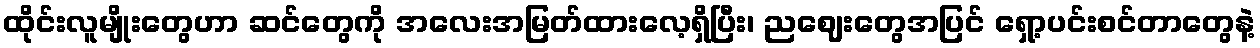
ထိုင်းလူမျိုးတွေဟာ ဆင်တွေကို အလေးအမြတ်ထားလေ့ရှိပြီး၊ ညဈေးတွေအပြင် ရှော့ပင်းစင်တာတွေနဲ့